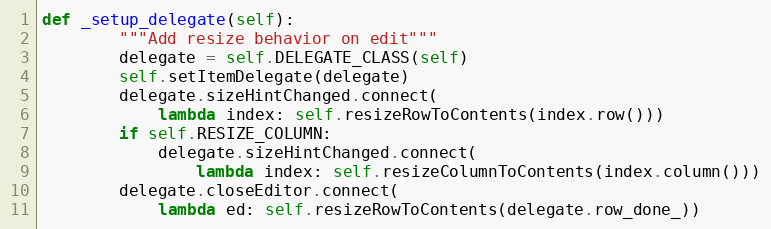
Language: Python
def _setup_delegate(self):
        """Add resize behavior on edit"""
        delegate = self.DELEGATE_CLASS(self)
        self.setItemDelegate(delegate)
        delegate.sizeHintChanged.connect(
            lambda index: self.resizeRowToContents(index.row()))
        if self.RESIZE_COLUMN:
            delegate.sizeHintChanged.connect(
                lambda index: self.resizeColumnToContents(index.column()))
        delegate.closeEditor.connect(
            lambda ed: self.resizeRowToContents(delegate.row_done_))